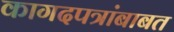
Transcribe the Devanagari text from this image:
कागदपत्रांबाबत